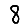
Digit: 8